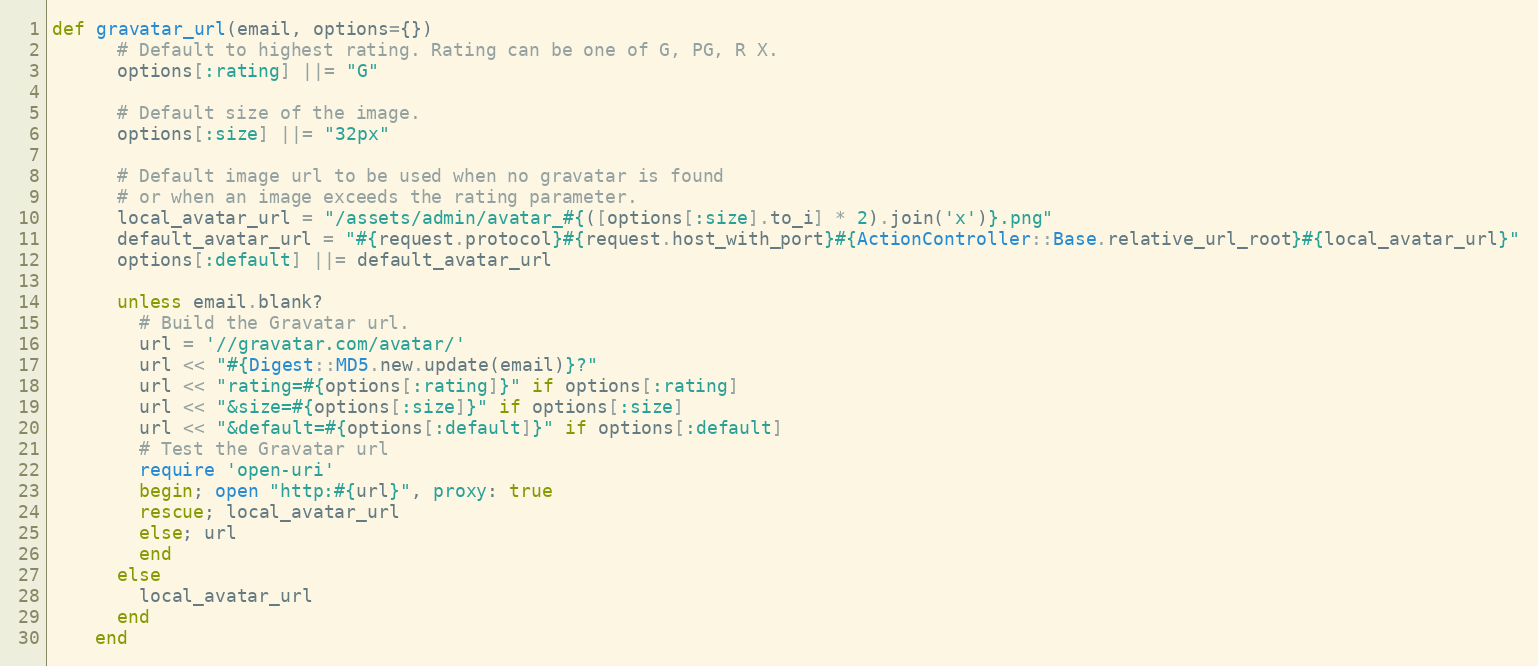
Language: Ruby
def gravatar_url(email, options={})
      # Default to highest rating. Rating can be one of G, PG, R X.
      options[:rating] ||= "G"

      # Default size of the image.
      options[:size] ||= "32px"

      # Default image url to be used when no gravatar is found
      # or when an image exceeds the rating parameter.
      local_avatar_url = "/assets/admin/avatar_#{([options[:size].to_i] * 2).join('x')}.png"
      default_avatar_url = "#{request.protocol}#{request.host_with_port}#{ActionController::Base.relative_url_root}#{local_avatar_url}"
      options[:default] ||= default_avatar_url

      unless email.blank?
        # Build the Gravatar url.
        url = '//gravatar.com/avatar/'
        url << "#{Digest::MD5.new.update(email)}?"
        url << "rating=#{options[:rating]}" if options[:rating]
        url << "&size=#{options[:size]}" if options[:size]
        url << "&default=#{options[:default]}" if options[:default]
        # Test the Gravatar url
        require 'open-uri'
        begin; open "http:#{url}", proxy: true
        rescue; local_avatar_url
        else; url
        end
      else
        local_avatar_url
      end
    end